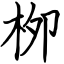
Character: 栁